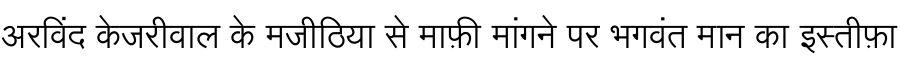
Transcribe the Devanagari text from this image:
अरविंद केजरीवाल के मजीठिया से माफ़ी मांगने पर भगवंत मान का इस्तीफ़ा